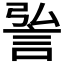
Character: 𮘆